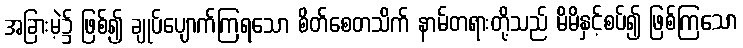
အခြားမဲ့၌ ဖြစ်၍ ချုပ်ပျောက်ကြရသော စိတ်စေတသိက် နာမ်တရားတို့သည် မိမိနှင့်စပ်၍ ဖြစ်ကြသော